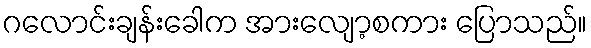
ဂလောင်းချန်းခေါက အားလျော့စကား ပြောသည်။